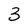
Character: 3